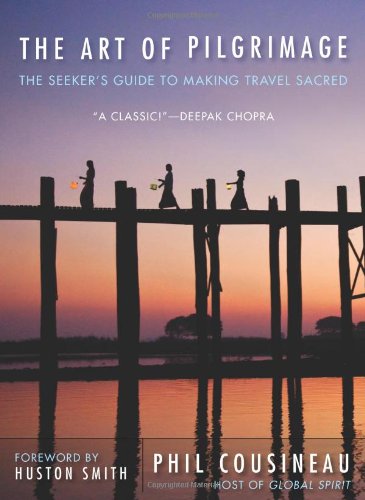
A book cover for The Art of Pilgrimage: The Seeker's Guide to Making Travel Sacred; Phil Cousineau; Travel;